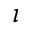
\imath